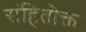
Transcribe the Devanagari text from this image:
संहितोक्त